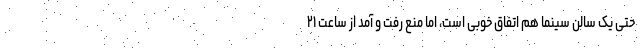
حتی یک سالن سینما هم اتفاق خوبی است، اما منع رفت و آمد از ساعت ۲۱